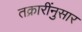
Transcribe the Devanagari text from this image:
तक्रारींनुसार